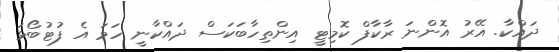
ދައްކާ. އޭރު އޮންނަ ރާކާފް ކޮމިޓީ އިންތިހާބަކަސް ދައްކާނީ ހަމަ އެ ފުޓުބޯޅަ